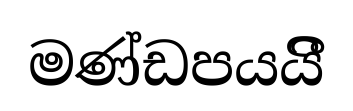
මණ්ඩපයයිී